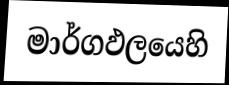
මාර්ගඵලයෙහි